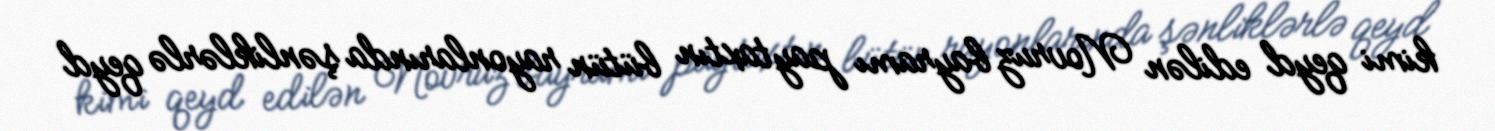
kimi qeyd edilən Novruz bayramı paytaxtın bütün rayonlarında şənliklərlə qeyd